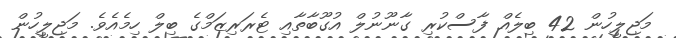
މަޖިލީހުން 42 ބިލެއް ފާސްކުރި ގާނޫނުލް އުގޫބާތާއި ޓެރަރިޒަމްގެ ބިލް ހިމެއެވެ. މަޖިލީހުން